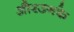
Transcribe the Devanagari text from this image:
औरउनके